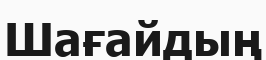
Шағайдың